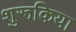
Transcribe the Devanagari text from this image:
शुरूकिया